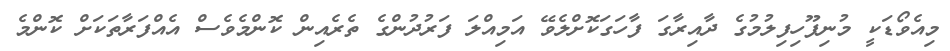
މިއެވޯޑަކީ މުނިފޫހިފިލުމުގެ ދާއިރާގަ ފާހަގަކޮށްލެވޭ އަމިއްލަ ފަރުދުންގެ ތެރެއިން ކޮންމެވެސް އެއްފަރާތަކަށް ކޮންމެ